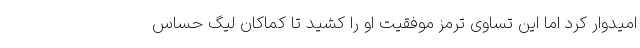
امیدوار کرد اما این تساوی ترمز موفقیت او را کشید تا کماکان لیگ حساس